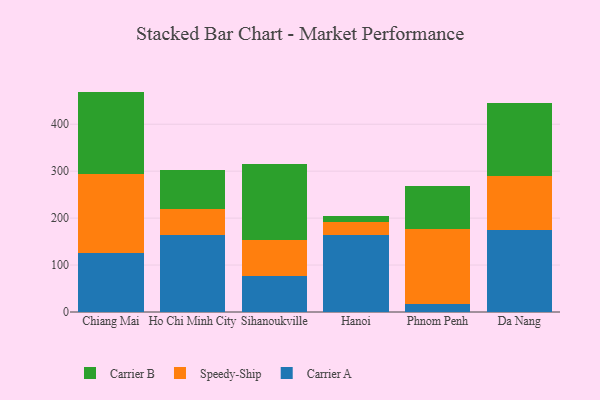
{"axis": {"x": "City", "y": "Temperature (°C)"}, "legend": ["Carrier A", "Carrier B", "Speedy-Ship"], "data": [{"x": "Chiang Mai", "y": 125.6, "type": "Carrier A"}, {"x": "Chiang Mai", "y": 168.0, "type": "Speedy-Ship"}, {"x": "Chiang Mai", "y": 175.9, "type": "Carrier B"}, {"x": "Ho Chi Minh City", "y": 164.0, "type": "Carrier A"}, {"x": "Ho Chi Minh City", "y": 56.1, "type": "Speedy-Ship"}, {"x": "Ho Chi Minh City", "y": 82.3, "type": "Carrier B"}, {"x": "Sihanoukville", "y": 77.1, "type": "Carrier A"}, {"x": "Sihanoukville", "y": 75.4, "type": "Speedy-Ship"}, {"x": "Sihanoukville", "y": 163.3, "type": "Carrier B"}, {"x": "Hanoi", "y": 164.9, "type": "Carrier A"}, {"x": "Hanoi", "y": 26.6, "type": "Speedy-Ship"}, {"x": "Hanoi", "y": 12.5, "type": "Carrier B"}, {"x": "Phnom Penh", "y": 17.1, "type": "Carrier A"}, {"x": "Phnom Penh", "y": 158.9, "type": "Speedy-Ship"}, {"x": "Phnom Penh", "y": 92.1, "type": "Carrier B"}, {"x": "Da Nang", "y": 173.8, "type": "Carrier A"}, {"x": "Da Nang", "y": 115.8, "type": "Speedy-Ship"}, {"x": "Da Nang", "y": 156.4, "type": "Carrier B"}]}